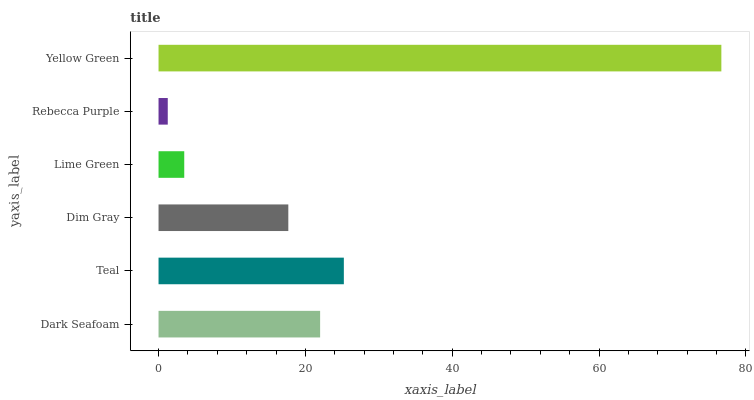
| yaxis_label | bars |
 | --- | --- |
 | Dark Seafoam | 22 |
 | Teal | 25.2 |
 | Dim Gray | 17.7 |
 | Lime Green | 3.5 |
 | Rebecca Purple | 1.26 |
 | Yellow Green | 76.7 |